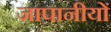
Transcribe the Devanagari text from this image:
जापानीयों